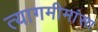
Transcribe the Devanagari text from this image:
त्यागमीमांसा